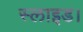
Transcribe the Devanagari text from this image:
स्लाइड।